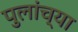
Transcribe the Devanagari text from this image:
पुलांच्या